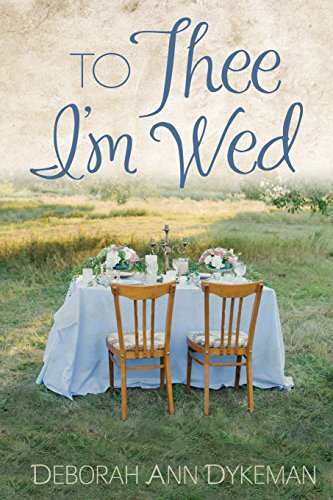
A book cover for To Thee I'm Wed; Deborah Ann Dykeman; Christian Books & Bibles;